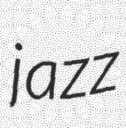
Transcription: jazz